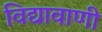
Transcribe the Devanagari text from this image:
विद्यावाणी